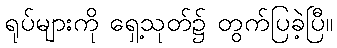
ရုပ်များကို ရှေ့သုတ်၌ တွက်ပြခဲ့ပြီ။